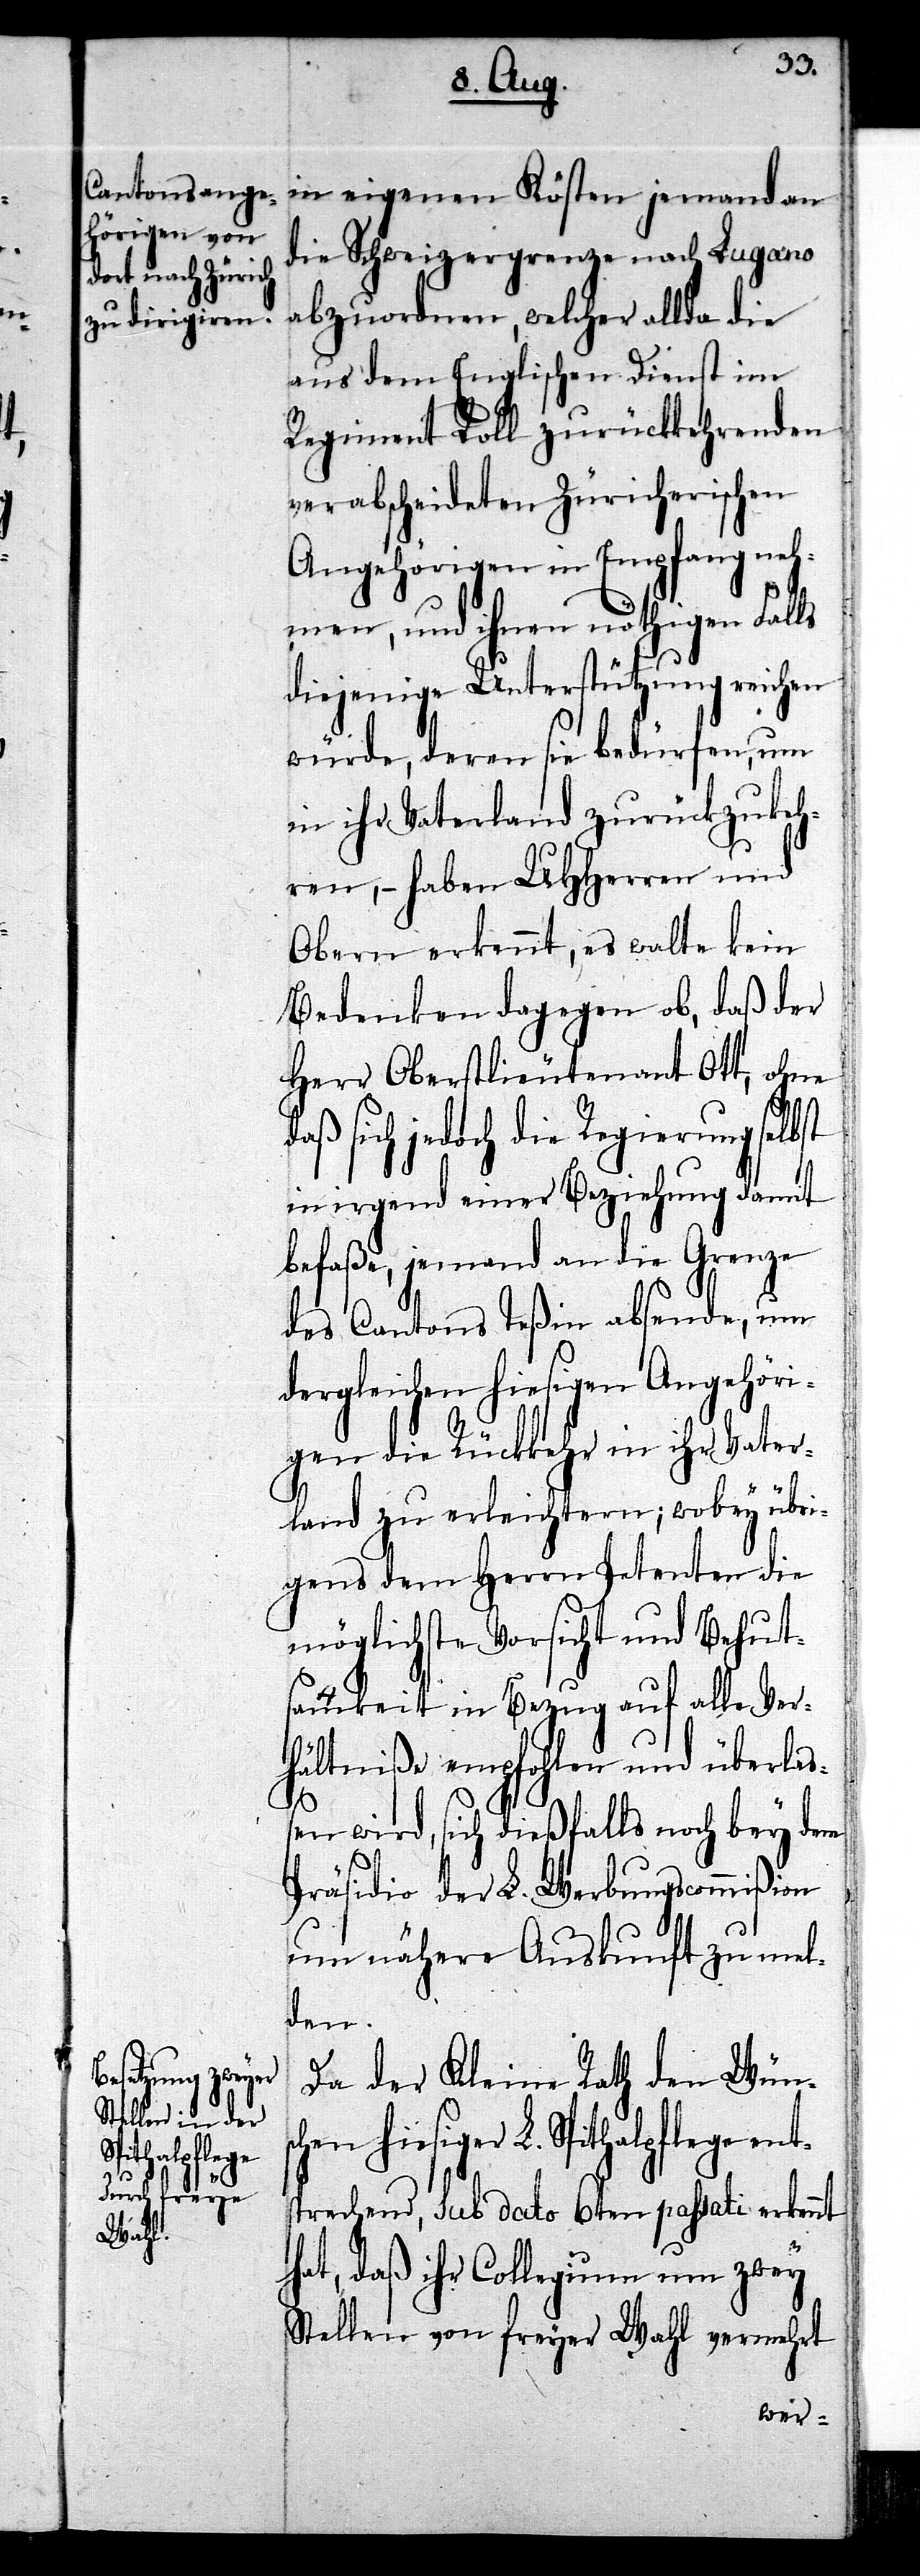
die Schweizergrenze nach Lugano
abzuordnen, welcher allda die
aus dem Englischen Dienst im
Regiment Roll zurückkehrenden
verabscheideten Zürcherischen
Angehörigen in Empfang neh¬
men, und ihnen nöthigen Falls
diejenige Unterstützung reichen
würde, deren sie bedürfen, um
in ihr Vaterland zurückzukeh¬
ren, – haben UHHerren und
Obern erkennt, es walte kein
Bedenken dagegen ob, daß der
Herr Oberstlieutenant Ott, ohne
daß sich jedoch die Regierung selbst
in irgend einer Beziehung damit
befaße, jemand an die Grenze
des Cantons Teßin absende, um
dergleichen hiesigen Angehöri¬
gen die Rückkehr in ihr Vater¬
land zu erleichtern; wobey übri¬
gens dem Herrn Petenten die
möglichste Vorsicht und Behut¬
samkeit in Bezug auf alle Ver¬
hältniße empfohlen und überla¬
ßen wird, sich dießfalls noch bey dem
Präsidio der L. Werbungscommißion
um nähere Auskunft zu mel¬
den.
Da der Kleine Rath den Wüns¬
chen hiesiger L. Spithalpflege ent¬
sprechend, sub dato 6ten passati erkennt
hat, daß ihr Collegium um zwey
Stellen von freyer Wahl vermehrt